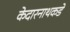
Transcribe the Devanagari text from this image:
केदारनाथकडे